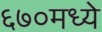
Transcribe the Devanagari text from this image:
६७०मध्ये